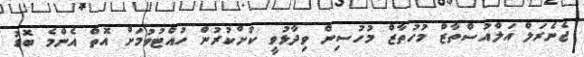
ޖެނެރަލް އަލްއުސްތާޒް މުހުތާޒް މުހުސިން ވިދާޅުވީ ކުށްކުރުން ހުއްޓުވުމަށް އޮތް އެންމެ ބޮޑު